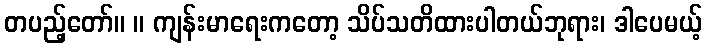
တပည့်တော်။ ။ ကျန်းမာရေးကတော့ သိပ်သတိထားပါတယ်ဘုရား၊ ဒါပေမယ့်